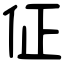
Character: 佂